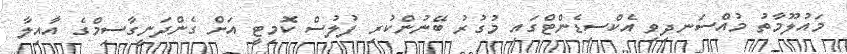
މައުލޫމާތު މުއްސަނދިވި އެކްސިޑެންޓްގައި މުގުރު ބޭނުންކުރި ފުލުސް ކޮމިޓީ އަށް ގެންދަނީގާސިމްގެ އާއިލާ